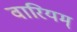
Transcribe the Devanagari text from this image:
वारियम्